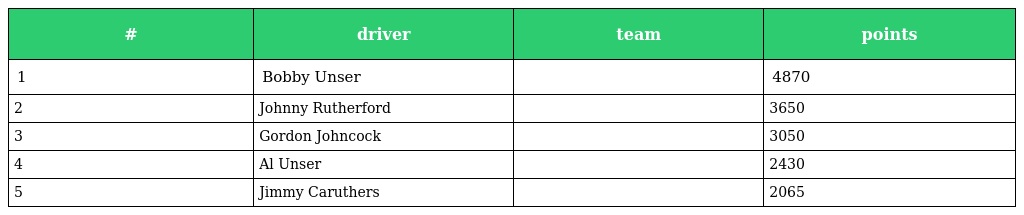
| # | driver | team | points |
 | --- | --- | --- | --- |
 | 1 | Bobby Unser |  | 4870 |
 | 2 | Johnny Rutherford |  | 3650 |
 | 3 | Gordon Johncock |  | 3050 |
 | 4 | Al Unser |  | 2430 |
 | 5 | Jimmy Caruthers |  | 2065 |